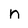
Character: n